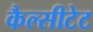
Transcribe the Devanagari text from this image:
कैल्सीटेट